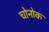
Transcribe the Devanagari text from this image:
चोनोक